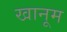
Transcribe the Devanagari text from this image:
खानूम